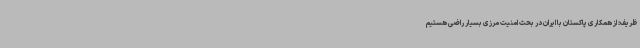
ظریف: از همکاری پاکستان با ایران در بحث امنیت مرزی بسیار راضی هستیم